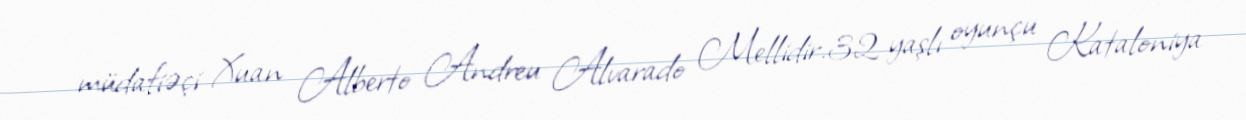
müdafiəçi Xuan Alberto Andreu Alvarado Mellidir.32 yaşlı oyunçu Kataloniya